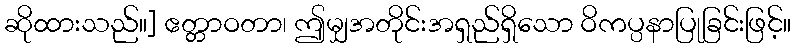
ဆိုထားသည်။] ဧတ္တာဝတာ၊ ဤမျှအတိုင်းအရှည်ရှိသော ဝိကပ္ပနာပြုခြင်းဖြင့်။